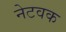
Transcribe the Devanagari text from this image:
नेटवक